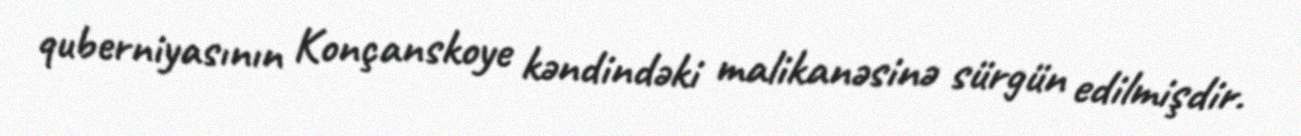
quberniyasının Konçanskoye kəndindəki malikanəsinə sürgün edilmişdir.